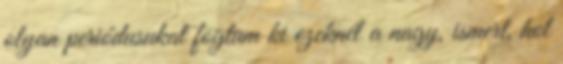
olyan periódusukat fogtam ki ezeknél a nagy, ismert, hol